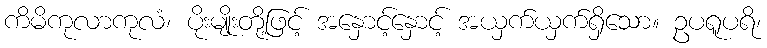
ကိမိကုလာကုလံ၊ ပိုးမျိုးတို့ဖြင့် အနှောင့်နှောင့် အယှက်ယှက်ရှိသော။ ဥပရူပရိ၊